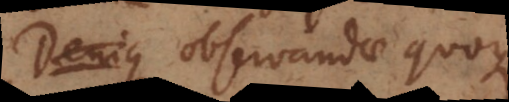
additis. Observandae quoque